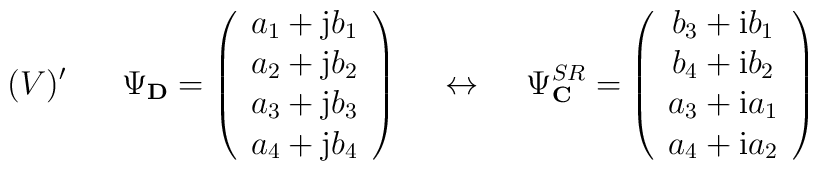
(V)' \hspace{7mm} \Psi_{\bf D} =\left(\begin{array}{c}a_1 +{\rm j}b_1  \\a_2 +{\rm j}b_2  \\a_3 +{\rm j}b_3 \\a_4 +{\rm j}b_4\end{array}\right) \hspace{5mm} \leftrightarrow \hspace{5mm}\Psi^{SR}_{\bf C} =\left(\begin{array}{c}b_3+{\rm i}b_1 \\b_4+{\rm i}b_2 \\a_3+{\rm i}a_1 \\a_4+{\rm i}a_2\end{array}\right)